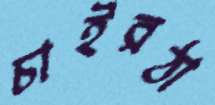
চাইরঠা